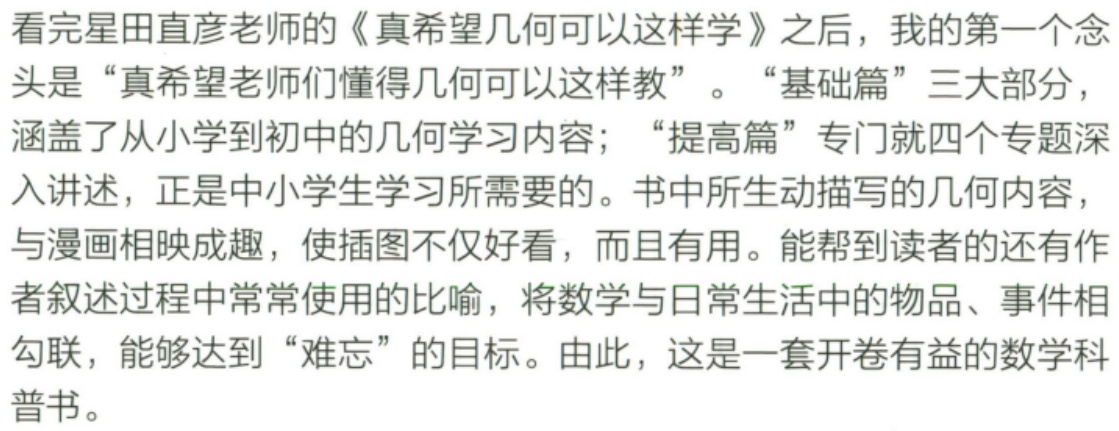
看完星田直彦老师的《真希望几何可以这样学》之后，我的第一个念头是“真希望老师们懂得几何可以这样教”。“基础篇”三大部分，涵盖了从小学到初中的几何学习内容；“提高篇”专门就四个专题深入讲述，正是中小学生学习所需要的。书中所生动描写的几何内容，与漫画相映成趣，使插图不仅好看，而且有用。能帮到读者的还有作者叙述过程中常常使用的比喻，将数学与日常生活中的物品、事件相勾联，能够达到“难忘”的目标。由此，这是一套开卷有益的数学科普书。